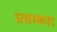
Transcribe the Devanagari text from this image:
प्रासाकार